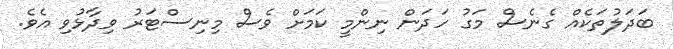
ބަދަލުތަކެއް ގެނެސް މަގު ހަދަން ނިންމީ ކަމަށް ވެސް މިނިސްޓަރު ވިދާޅުވި އެވެ.